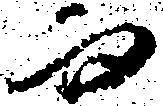
而